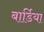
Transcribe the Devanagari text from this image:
बार्डिया